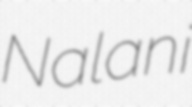
Nalani